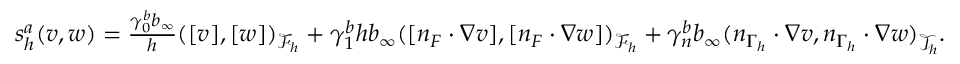
\begin{array} { r } { s _ { h } ^ { a } ( v , w ) = \frac { \gamma _ { 0 } ^ { b } b _ { \infty } } { h } ( [ v ] , [ w ] ) _ { \mathcal { F } _ { h } } + \gamma _ { 1 } ^ { b } h b _ { \infty } ( [ n _ { F } \cdot \nabla v ] , [ n _ { F } \cdot \nabla w ] ) _ { \mathcal { F } _ { h } } + \gamma _ { n } ^ { b } b _ { \infty } ( n _ { \Gamma _ { h } } \cdot \nabla v , n _ { \Gamma _ { h } } \cdot \nabla w ) _ { \mathcal { T } _ { h } } . } \end{array}